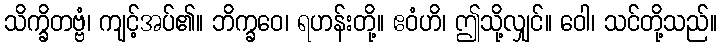
သိက္ခိတဗ္ဗံ၊ ကျင့်အပ်၏။ ဘိက္ခဝေ၊ ရဟန်းတို့။ ဧဝံဟိ၊ ဤသို့လျှင်။ ဝေါ၊ သင်တို့သည်။